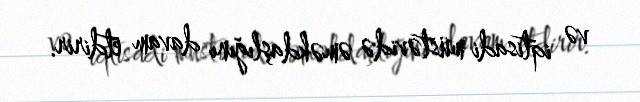
və iqtisadi müstəvidə əməkdaşlığını davam etdirir.